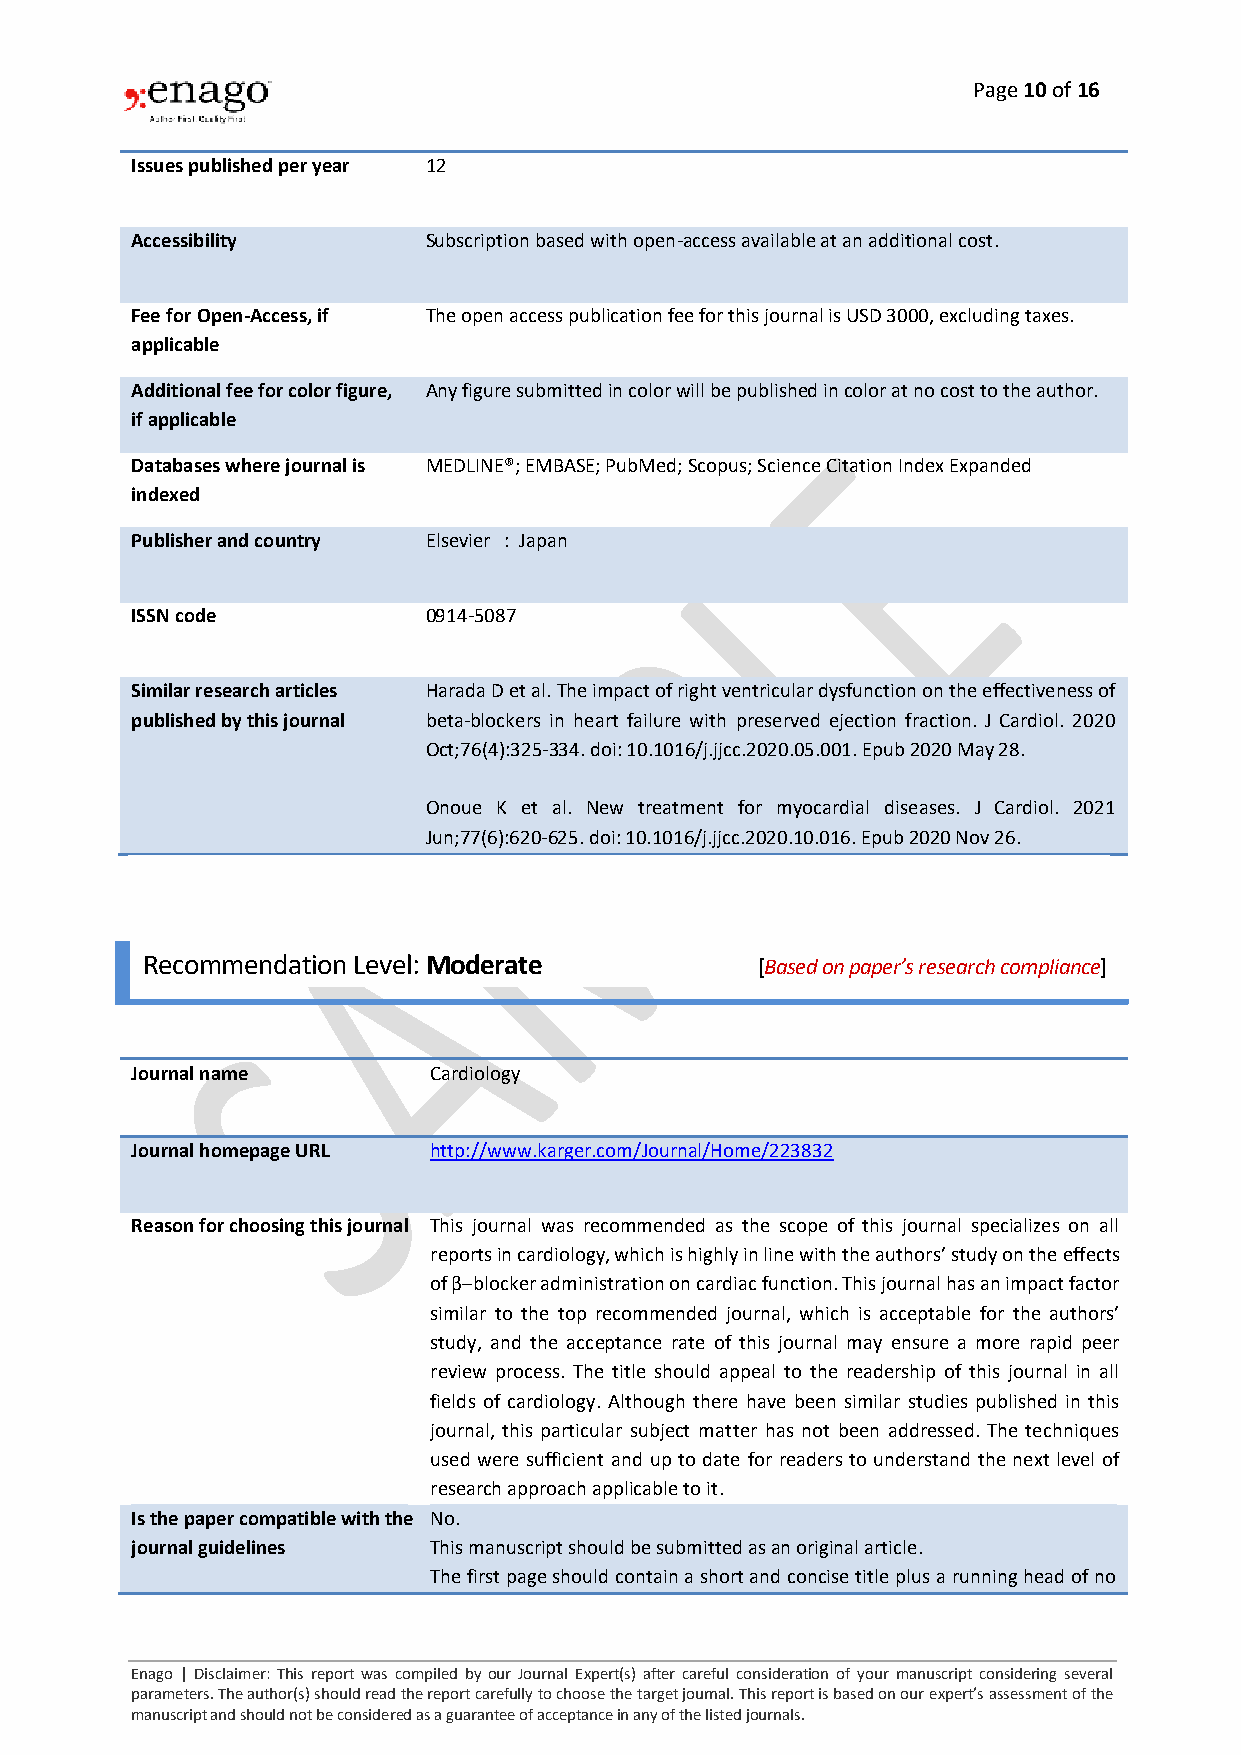
Page 10 of 16
 Issues published per year 12
 Accessibility      Subscription based with open-access available at an additional cost.
 Fee for Open-Access, if The open access publication fee for this journal is USD 3000, excluding taxes.
 applicable
 Additional fee for color figure, Any figure submitted in color will be published in color at no cost to the author.
 if applicable
 Databases where journal is MEDLINE®; EMBASE; PubMed; Scopus; Science Citation Index Expanded
 indexed
 Publisher and country Elsevier : Japan
 ISSN code          0914-5087
 Similar research articles Harada D et al. The impact of right ventricular dysfunction on the effectiveness of
 published by this journal beta-blockers in heart failure with preserved ejection fraction. J Cardiol. 2020
 Oct;76(4):325-334. doi: 10.1016/j.jjcc.2020.05.001. Epub 2020 May 28.
 Onoue K et al. New treatment for myocardial diseases. J Cardiol. 2021
 Jun;77(6):620-625. doi: 10.1016/j.jjcc.2020.10.016. Epub 2020 Nov 26.
 Recommendation Level: Moderate           [Based on paper’s research compliance]
 Journal name       Cardiology
 Journal homepage URL http://www.karger.com/Journal/Home/223832
 Reason for choosing this journal This journal was recommended as the scope of this journal specializes on all
 reports in cardiology, which is highly in line with the authors’ study on the effects
 of β‒blocker administration on cardiac function. This journal has an impact factor
 similar to the top recommended journal, which is acceptable for the authors’
 study, and the acceptance rate of this journal may ensure a more rapid peer
 review process. The title should appeal to the readership of this journal in all
 fields of cardiology. Although there have been similar studies published in this
 journal, this particular subject matter has not been addressed. The techniques
 used were sufficient and up to date for readers to understand the next level of
 research approach applicable to it.
 Is the paper compatible with the No.
 journal guidelines This manuscript should be submitted as an original article.
 The first page should contain a short and concise title plus a running head of no
 Enago | Disclaimer: This report was compiled by our Journal Expert(s) after careful consideration of your manuscript considering several
 parameters. The author(s) should read the report carefully to choose the target journal. This report is based on our expert’s assessment of the
 manuscript and should not be considered as a guarantee of acceptance in any of the listed journals.